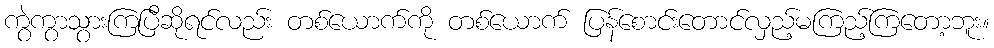
ကွဲကွာသွားကြပြီဆိုရင်လည်း တစ်ယောက်ကို တစ်ယောက် ပြန်စောင်းတောင်လှည့်မကြည့်ကြတော့ဘူး။